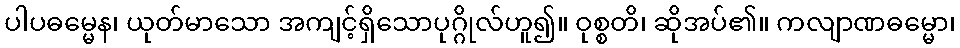
ပါပဓမ္မေန၊ ယုတ်မာသော အကျင့်ရှိသောပုဂ္ဂိုလ်ဟူ၍။ ဝုစ္စတိ၊ ဆိုအပ်၏။ ကလျာဏဓမ္မော၊